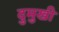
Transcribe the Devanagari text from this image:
दुमुखी